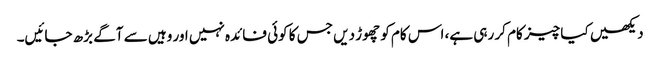
دیکھیں کیا چیز کام کر رہی ہے، اس کام کو چھوڑ دیں جس کا کوئی فائدہ نہیں اور وہیں سے آگے بڑھ جائیں۔